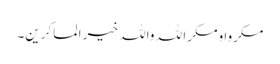
مکروا ومکر ا للہ واللہ خیر ا لماکرین۔